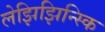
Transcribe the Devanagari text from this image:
लेझिझिन्स्कि